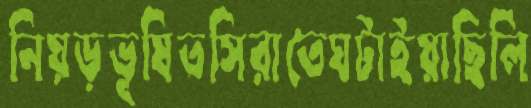
নিয়ড়ভূষিতসিরাতেঘটাইয়াছিলি